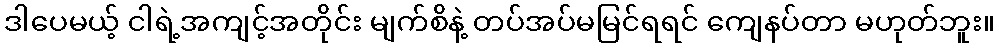
ဒါပေမယ့် ငါရဲ့အကျင့်အတိုင်း မျက်စိနဲ့ တပ်အပ်မမြင်ရရင် ကျေနပ်တာ မဟုတ်ဘူး။